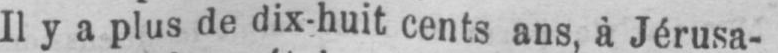
Il y a plus de dix-huit cents ans, à Jérusa-